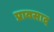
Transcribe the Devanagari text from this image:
प्रावसाद